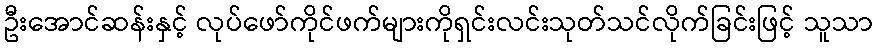
ဦးအောင်ဆန်းနှင့် လုပ်ဖော်ကိုင်ဖက်များကိုရှင်းလင်းသုတ်သင်လိုက်ခြင်းဖြင့် သူသာ